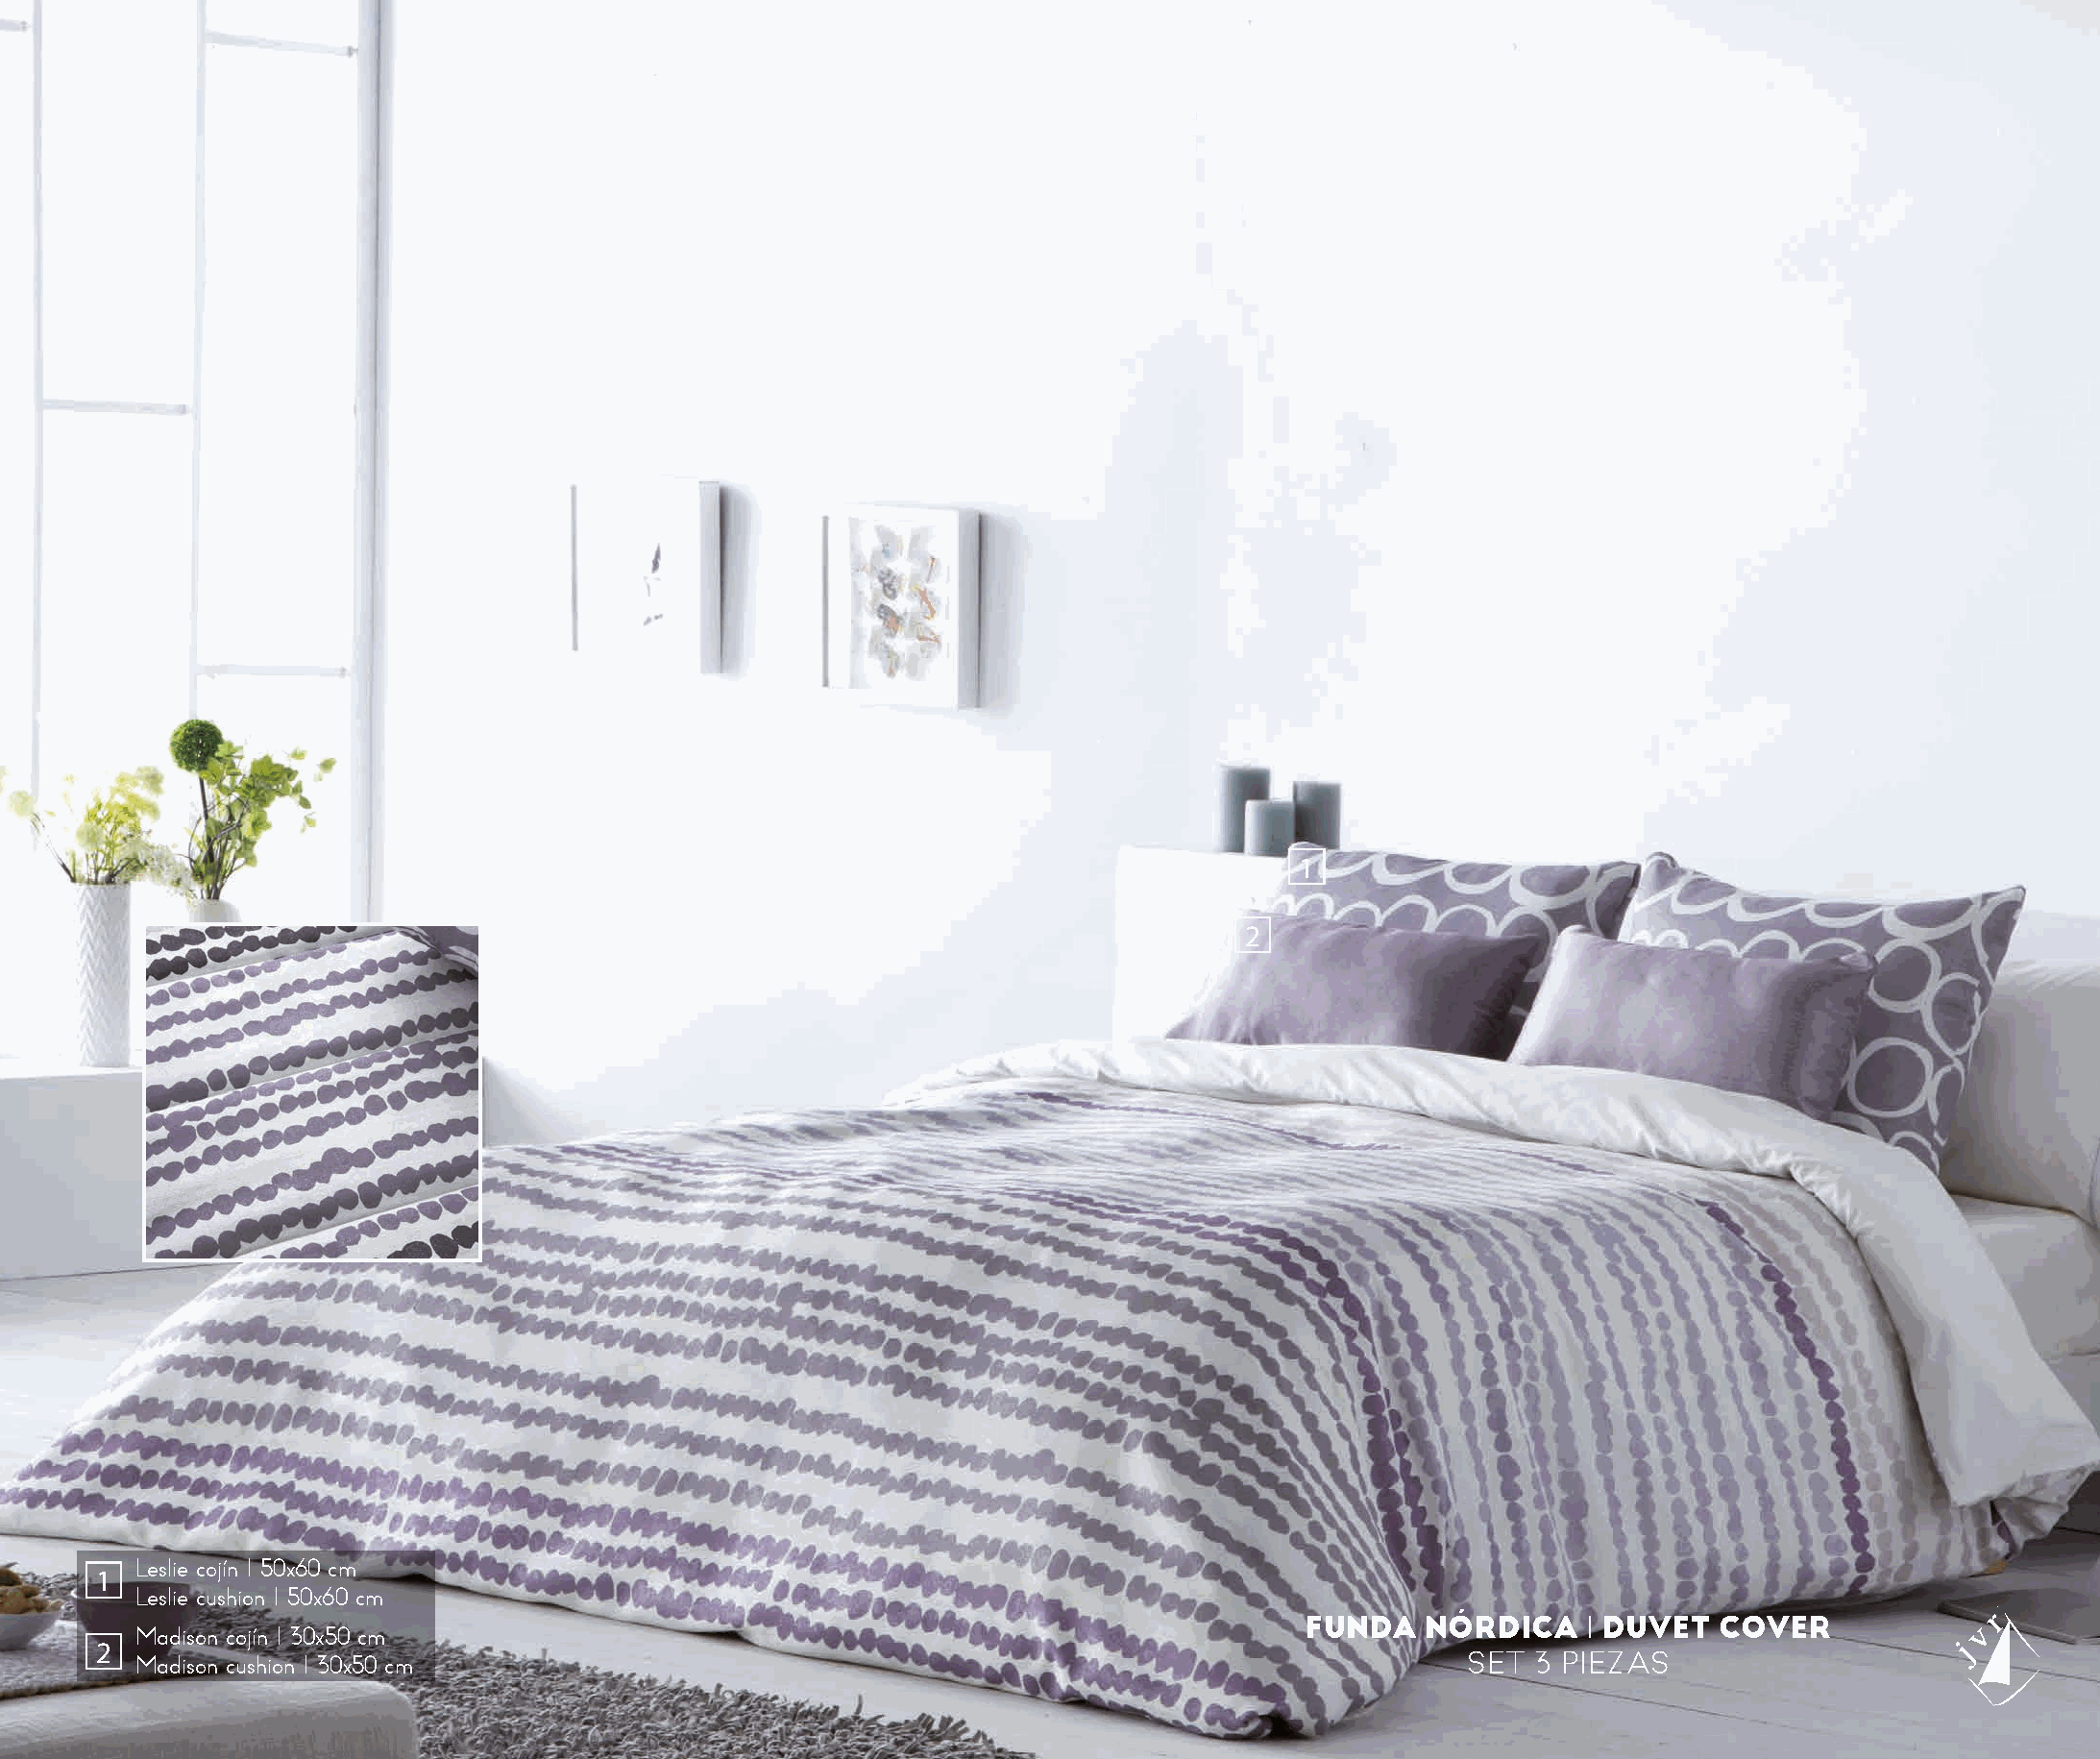
1
 2
 Leslie cojín I 50x60 cm
 1
 Leslie cushion I 50x60 cm
 FUNDA   NÓRDICA    I DUVET  COVER
 Madison cojín I 30x50 cm
 2
 Madison cushion I 30x50 cm                                                                  SET  3 PIEZAS